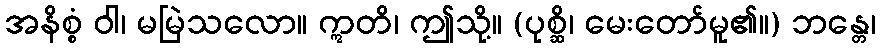
အနိစ္စံ ဝါ၊ မမြဲသလော။ ဣတိ၊ ဤသို့။ (ပုစ္ဆိ၊ မေးတော်မူ၏။) ဘန္တေ၊